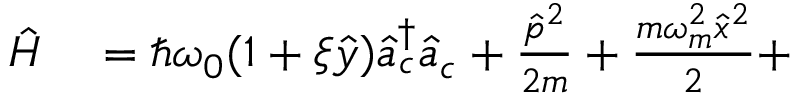
\begin{array} { r l } { \hat { H } } & { { } = \hbar \omega _ { 0 } ( 1 + \xi \hat { y } ) \hat { a } _ { c } ^ { \dagger } \hat { a } _ { c } + \frac { \hat { p } ^ { 2 } } { 2 m } + \frac { m \omega _ { m } ^ { 2 } \hat { x } ^ { 2 } } { 2 } + } \end{array}